Leaving Certificate Examination (including Day School Certificate (Higher) General paper), 1935
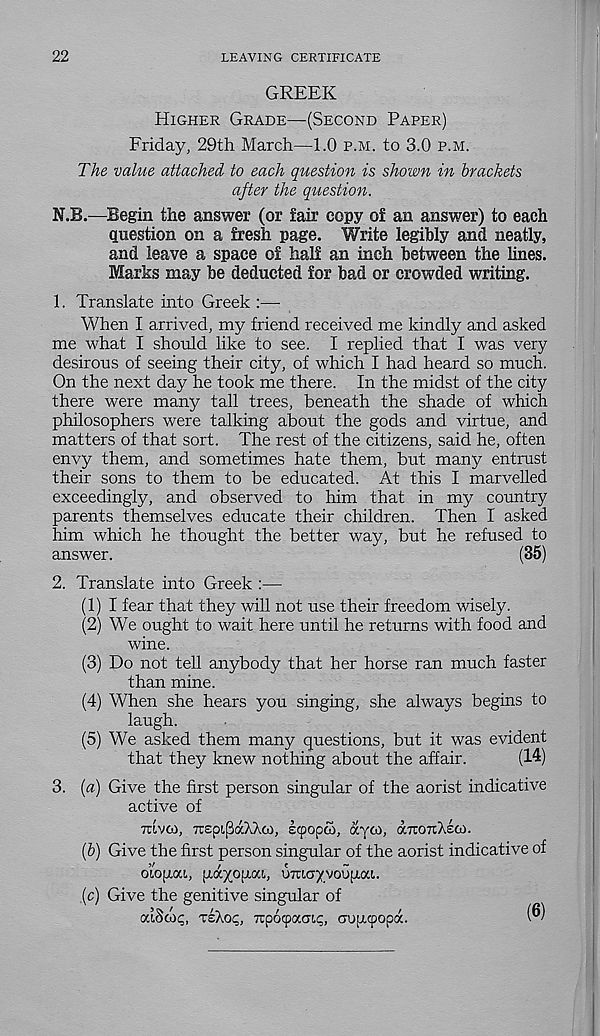
22
LEAVING CERTIFICATE
GREEK
HIGHER GRADE—(SECOND PAPER)
Friday, 29th March—1.0 P.M. to 3.0 P.M.
The value attached to each question is shown in brackets
after the question.
N.B.—Begin the answer (or lair copy of an answer) to each
question on a fresh page. Write legibly and neatly,
and leave a space of half an inch between the lines.
Marks may be deducted for bad or crowded writing.
1. Translate into Greek :—
When I arrived, my friend received me kindly and asked
me what I should like to see. I replied that I was very
desirous of seeing their city, of which I had heard so much.
On the next day he took me there. In the midst of the city
there were many tall trees, beneath the shade of which
philosophers were talking about the gods and virtue, and
matters of that sort. The rest of the citizens, said he, often
envy them, and sometimes hate them, but many entrust
their sons to them to be educated. At this I marvelled
exceedingly, and observed to him that in my country
parents themselves educate their children. Then I asked
him which he thought the better way, but he refused to
answer.
(35)
2. Translate into Greek :—
(1) I fear that they will not use their freedom wisely.
(2) We ought to wait here until he returns with food and
wine.
(3) Do not tell anybody that her horse ran much faster
than mine.
(4) When she hears you singing, she always begins to
laugh.
(5) We asked them many questions, but it was evident
that they knew nothing about the affair.
(14)
3. (a) Give the first person singular of the aorist indicative
active of
mvoo, TrepipdcXXoi, scpopco, ayto, dromAso).
(b) Give the first person singular of the aorist indicative of
oiopiou, adyogaL, umcr/vounai.
(c) Give the genitive singular of
ociSwi;, TSAO<;, Tcpotpauii;, aupicpopd.